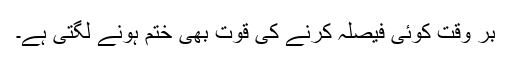
بر وقت کوئی فیصلہ کرنے کی قوت بھی ختم ہونے لگتی ہے۔